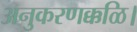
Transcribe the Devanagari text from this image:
अनुकरणक्कळि।